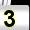
Digit: 3